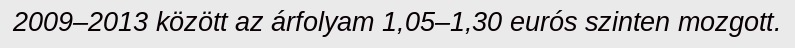
2009–2013 között az árfolyam 1,05–1,30 eurós szinten mozgott.